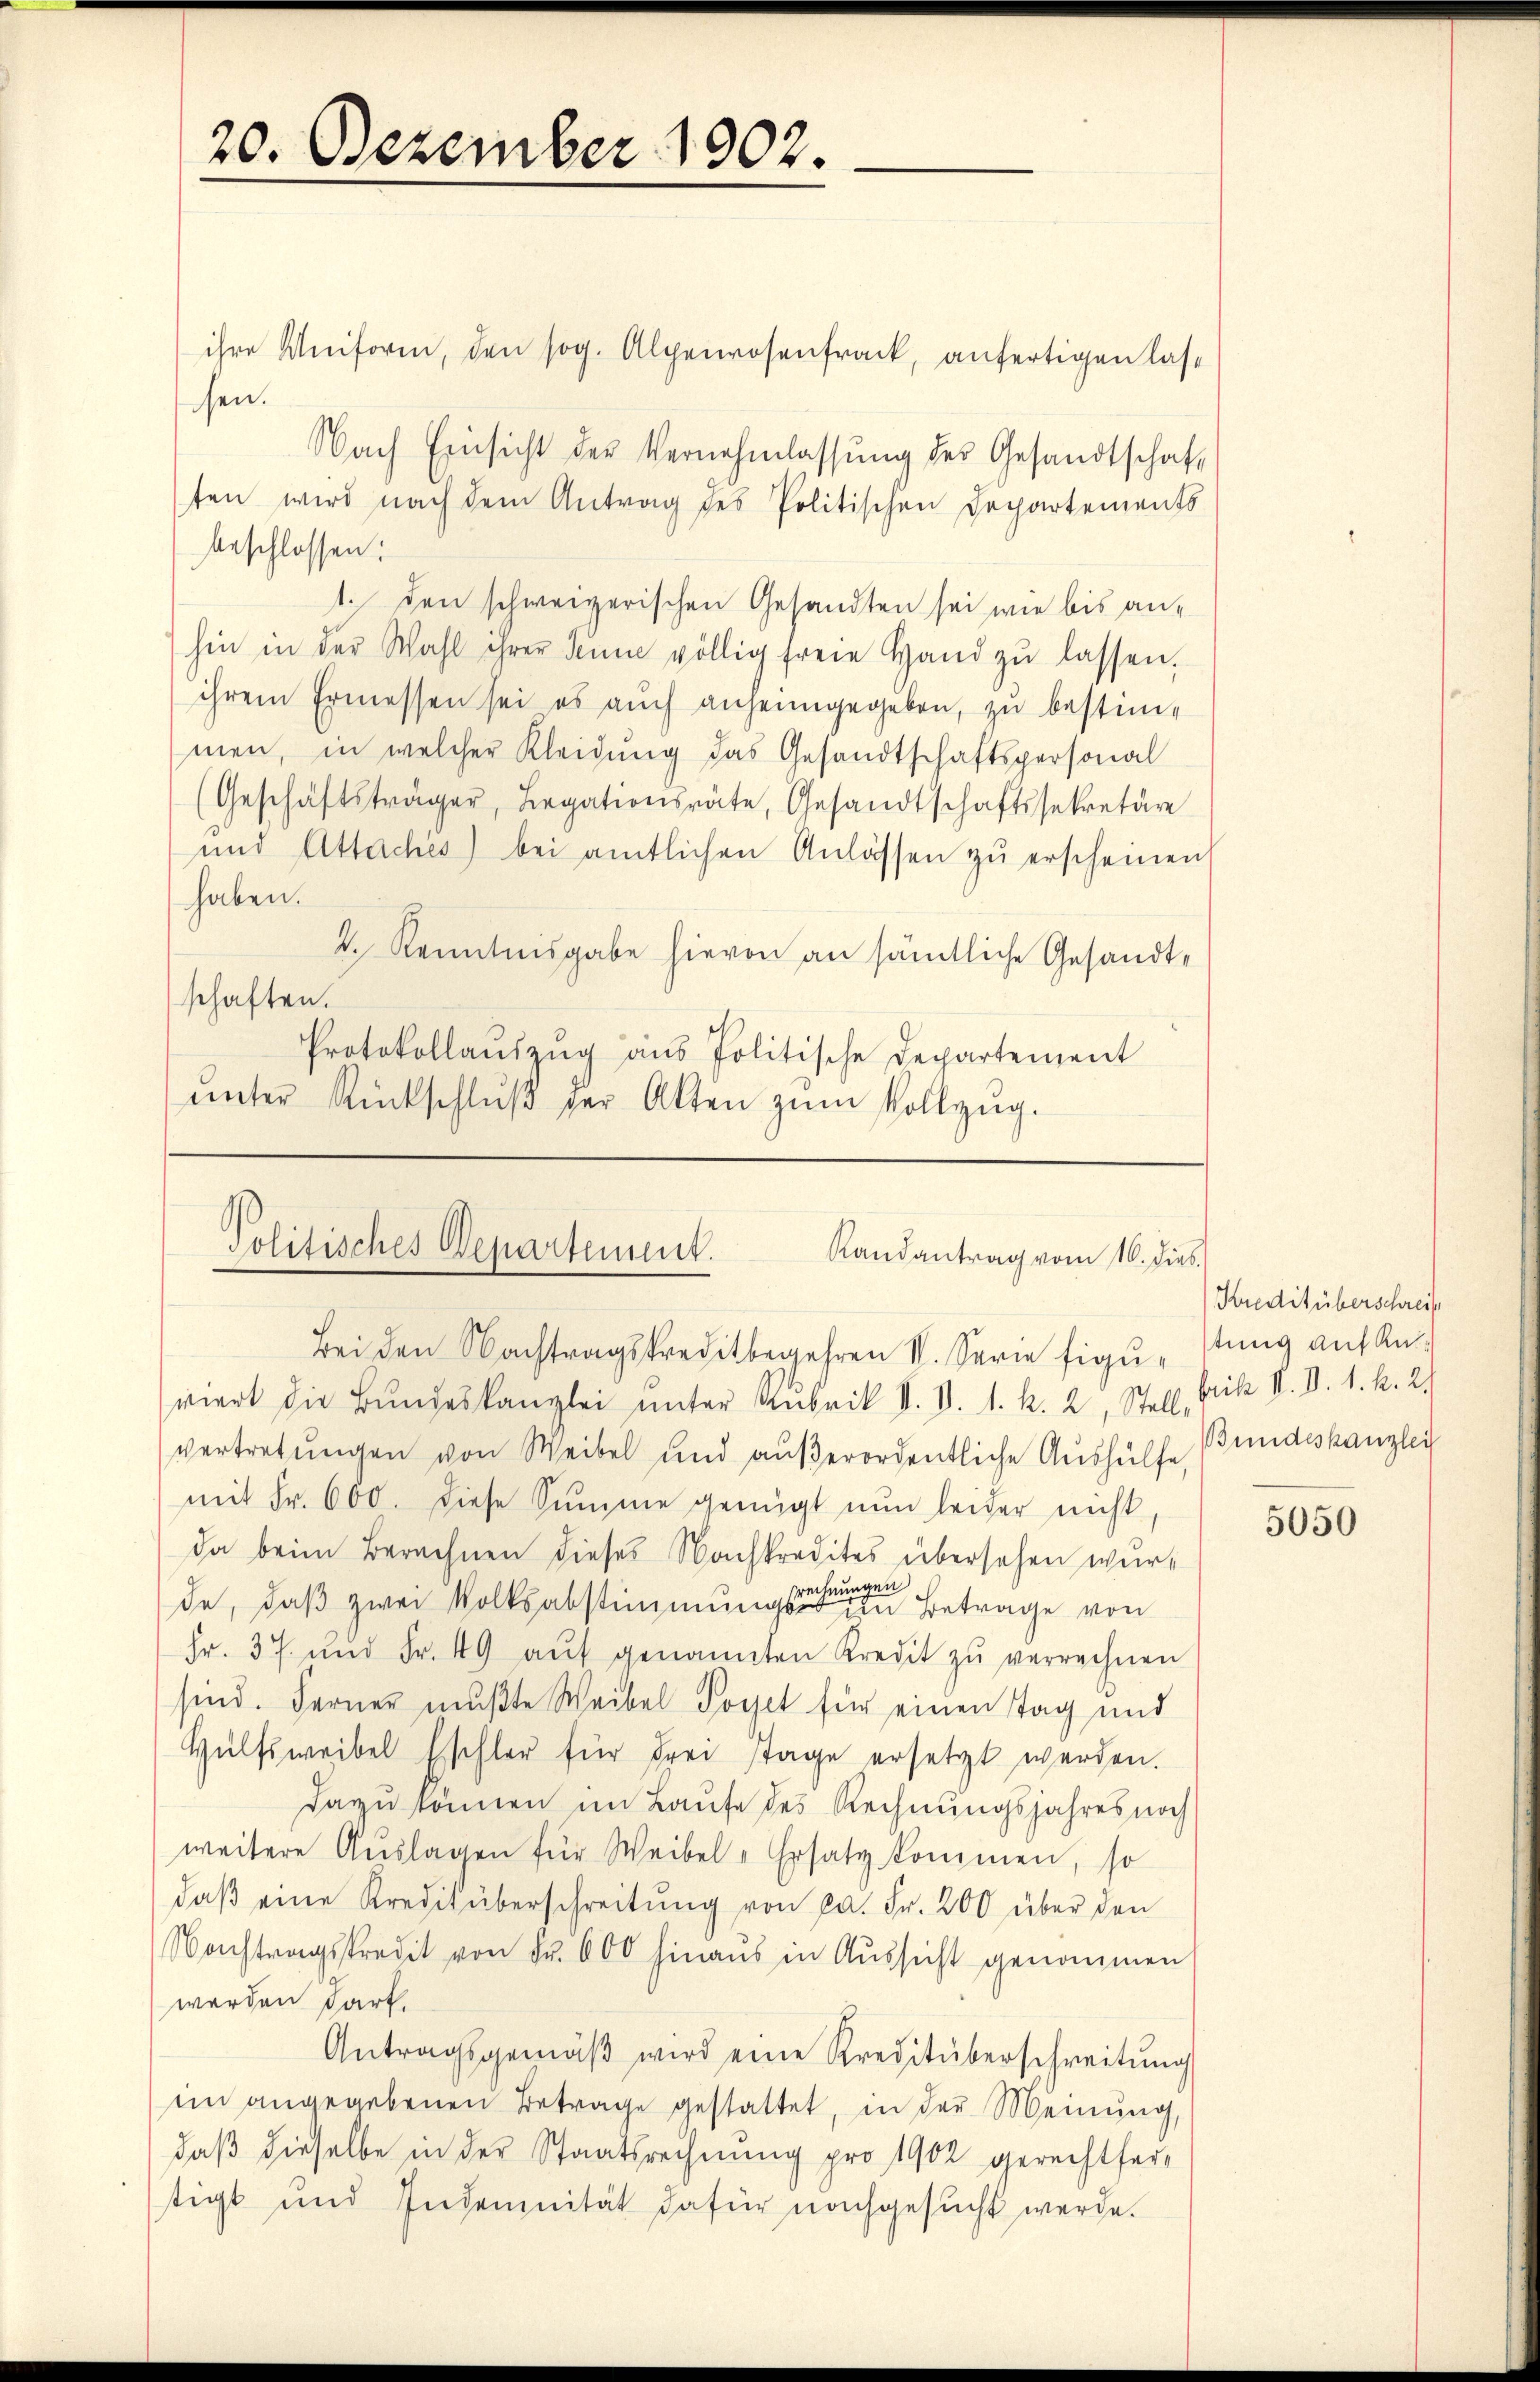
20. Dezember 1902.

ihre Uniform, den sog. Alpenrosenfrack, anfertigen lassen.
Nach Einsicht der Vernehmlassŭng des Gesandtschaften wird nach dem Antrag des Politischen Departements
beschlossen:
1. den schweizerischen Gesandten sei wie bis anhin in der Wahl ihrer Jenne völlig freie Hand zŭ lassen.
ihrem Ermessen sei es auch anheimgegeben, zu bestimmen, in welcher Kleidung das Gesandtschaftspersonal
(Geschäftsträger, Legationsräte, Gesandtschaftssekretäre
und Attaches) bei amtlichen Anlassen zŭ erscheinen
haben.
k. Kenntnisgabe hievon an sämtliche Gesandt-
schaften.
Protokollaŭszŭg aŭs Politische Departement
ŭnter Rückschlŭβ der Akten zŭm Vollzug.

Politisches Departement.
Randantrag vom 16. dies
Bei den Nachtragskreditbegehren V. Serie figur stung auf Anviert die Bŭndeskanzlei unter Rubrik V. V. 1. k. 2, Stell, Frik II. D. 1. k. 2.

vertretŭngen von Weibel und aŭβerordentliche Aushülfe,
mit Fr. 600. diese Summe genügt nun leider nicht
da beim Berechnen dieses Nachkredites übersehen wurngen
de, daß zwei Volksabstimmungsvertreten Betrage von
Fr. 37. und Fr. 49 aŭf genannten Kredit zŭ verrechnen
sind. Ferner mußte Weibel dort für einen Tag und
Hülfsweibel Eschler für drei Tage ersetzt werden.
dazu können im Laufe des Rechnungsjahres noch
weitere Aŭslagen für Weibel -Ersatz kommen, so
daβ eine Kredit überschreitŭng von ca. Fr. 200 über den
Nachtragskredit von Fr. 600 hinaus in Aussicht genommen
werden dark.
Antragsgemäβ wird eine Kreditüberschreitŭng
im angegebenen Betrage gestattet, in der Meinung,
daß dieselbe in der Staatsrechnung pro 1902 gerechtfertigt und Indemnität dafür nachgesucht werde.

Kredit überschreif
Bundeskanzlei

5050